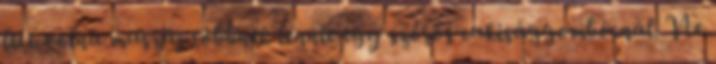
lett volna muszáj többnek lennie egy szőrös cukisággombócnál. Ne